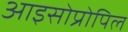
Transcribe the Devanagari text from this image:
आइसोप्रोपिल